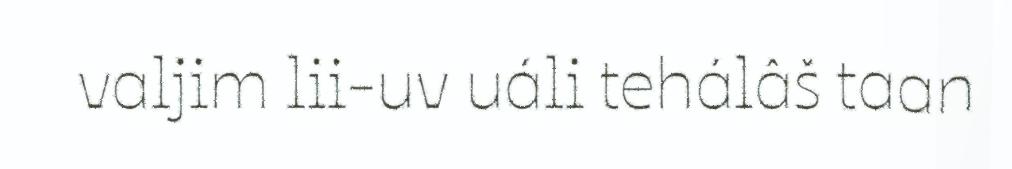
valjim lii-uv uáli tehálâš taan